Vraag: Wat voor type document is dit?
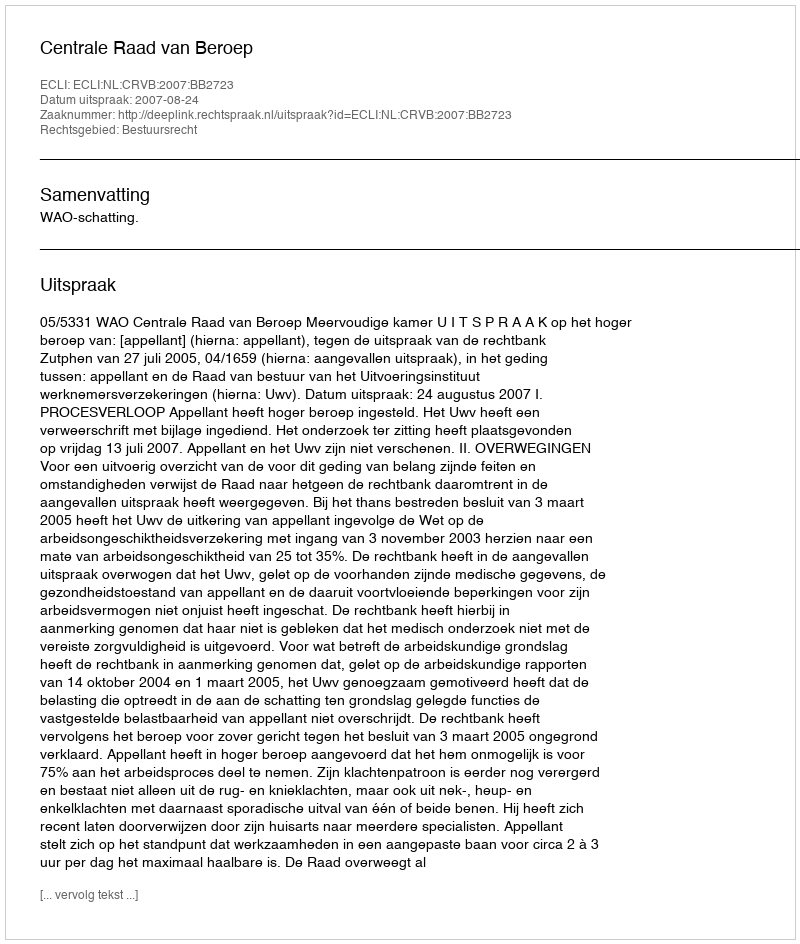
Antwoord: Uitspraak